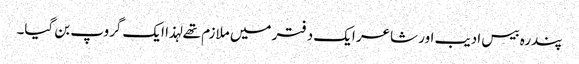
پندرہ بیس ادیب اور شاعر ایک دفتر میں ملازم تھے لہذا ایک گروپ بن گیا۔